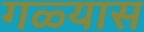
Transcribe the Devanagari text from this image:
गळ्यास